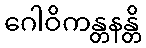
ဂေါဝိကန္တနန္တိ